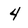
Character: 4